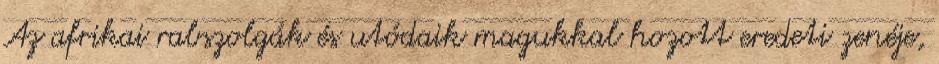
Az afrikai rabszolgák és utódaik magukkal hozott eredeti zenéje,